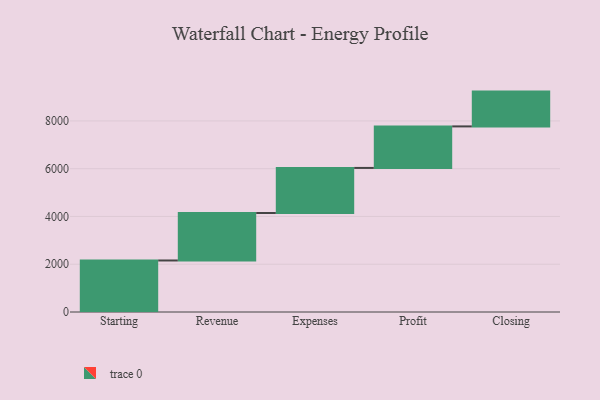
{"axis": {"x": "Step", "y": "Value"}, "legend": [""], "data": [{"x": "Starting", "y": 2157.0, "type": ""}, {"x": "Revenue", "y": 1988.0, "type": ""}, {"x": "Expenses", "y": 1887.0, "type": ""}, {"x": "Profit", "y": 1739.0, "type": ""}, {"x": "Closing", "y": 1457.0, "type": ""}]}